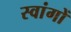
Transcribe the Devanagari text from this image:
स्वांगों